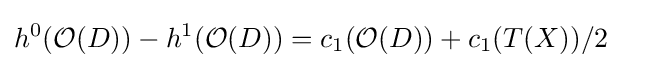
h^{0}({\mathcal {O}}(D))-h^{1}({\mathcal {O}}(D))=c_{1}({\mathcal {O}}(D))+c_{1}(T(X))/2\ \ \